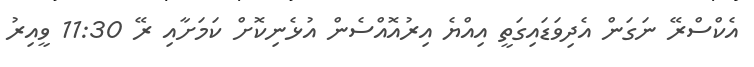
އެކްސްރޭ ނަގަން އެދިވަޑައިގަތީ އިއްޔެ އިރުއޮއްސެން އުޅެނިކޮށް ކަމަށާއި ރޭ 11:30 ވީއިރު